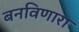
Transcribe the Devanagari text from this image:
बनविणारा